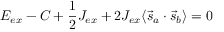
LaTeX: E _ { e x } - C + { \frac { 1 } { 2 } } J _ { e x } + 2 J _ { e x } \langle { \vec { s } } _ { a } \cdot { \vec { s } } _ { b } \rangle = 0